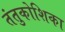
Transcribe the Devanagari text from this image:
तंतुकोशिका